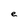
Character: e